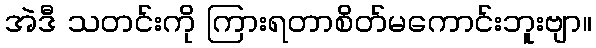
အဲဒီ သတင်းကို ကြားရတာစိတ်မကောင်းဘူးဗျာ။